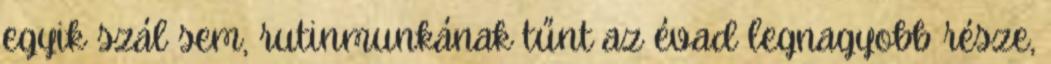
egyik szál sem, rutinmunkának tűnt az évad legnagyobb része,